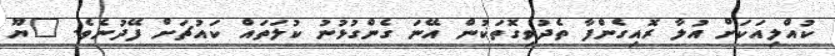
ކުއްލިއަކަށް އުލާ ރޮއިގެންފާ ތެދުވިގޮތަކުން އޭނަ ގެންގުޅުނު ކުލަތައް ކައުޗަށް ފޭދުނެވެ. "ޔޫ